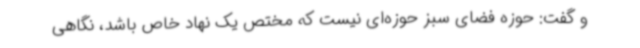
و گفت: حوزه فضای سبز حوزه‌ای نیست که مختص یک نهاد خاص باشد، نگاهی